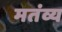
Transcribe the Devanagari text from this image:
मतंव्य